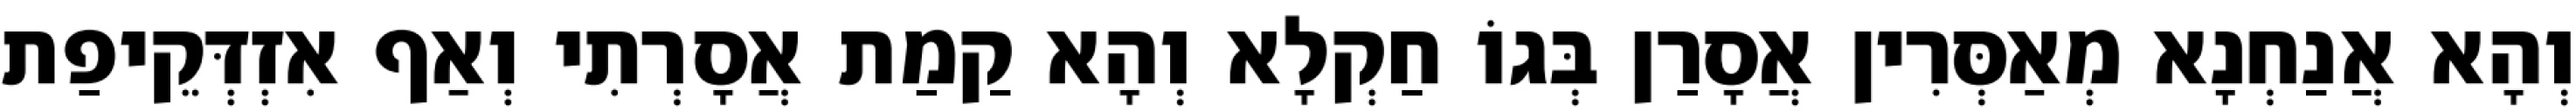
וְהָא אֲנַחְנָא מְאַסְּרִין אֲסָרַן בְּגוֹ חַקְלָא וְהָא קַמַת אֲסָרְתִי וְאַף אִזְדְּקֵיפַת